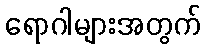
ရောဂါများအတွက်